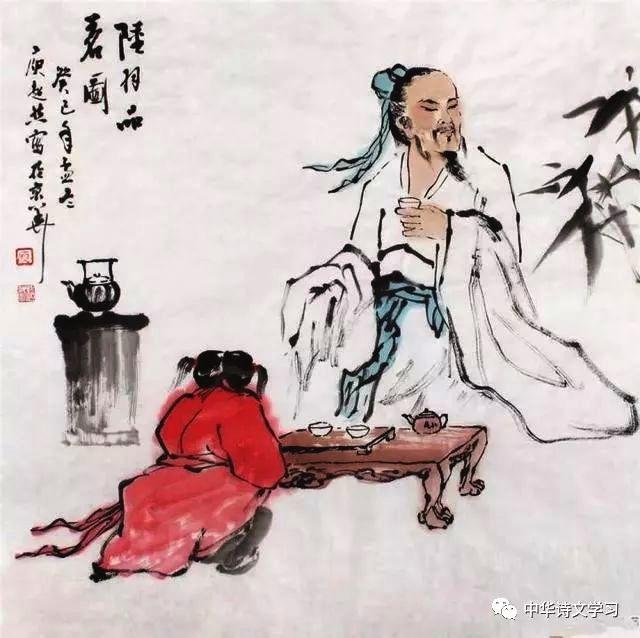
大人者，不失其赤子之心者也。